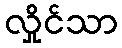
လှိုင်သာ